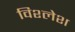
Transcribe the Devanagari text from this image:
विश्लेश